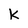
Character: k